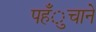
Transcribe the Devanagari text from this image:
पहँुचाने